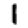
Digit: 1